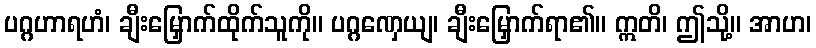
ပဂ္ဂဟာရဟံ၊ ချီးမြှောက်ထိုက်သူကို။ ပဂ္ဂဏှေယျ၊ ချီးမြှောက်ရာ၏။ ဣတိ၊ ဤသို့။ အာဟ၊